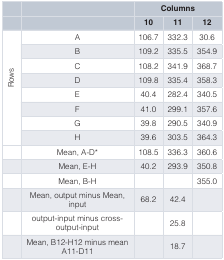
<table><thead><tr><td></td><td></td><td colspan="3"><b>Columns</b></td></tr><tr><td></td><td></td><td><b>10</b></td><td><b>11</b></td><td><b>12</b></td></tr></thead><tbody><tr><td rowspan="8">Rows</td><td>A</td><td>106.7</td><td>332.3</td><td>30.6</td></tr><tr><td>B</td><td>109.2</td><td>335.5</td><td>354.9</td></tr><tr><td>C</td><td>108.2</td><td>341.9</td><td>368.7</td></tr><tr><td>D</td><td>109.8</td><td>335.4</td><td>358.3</td></tr><tr><td>E</td><td>40.4</td><td>282.4</td><td>340.5</td></tr><tr><td>F</td><td>41.0</td><td>299.1</td><td>357.6</td></tr><tr><td>G</td><td>39.8</td><td>290.5</td><td>340.9</td></tr><tr><td>H</td><td>39.6</td><td>303.5</td><td>364.3</td></tr><tr><td></td><td>Mean, A-D*</td><td>108.5</td><td>336.3</td><td>360.6</td></tr><tr><td></td><td>Mean, E-H</td><td>40.2</td><td>293.9</td><td>350.8</td></tr><tr><td></td><td>Mean, B-H</td><td></td><td></td><td>355.0</td></tr><tr><td></td><td>Mean, output minus Mean,input</td><td>68.2</td><td>42.4</td><td></td></tr><tr><td></td><td>output-input minus cross-output-input</td><td></td><td>25.8</td><td></td></tr><tr><td></td><td>Mean, B12-H12 minus meanA11-D11</td><td></td><td>18.7</td><td></td></tr></tbody></table>